Lunatic asylums Punjab 1895-1910 - 1895-1910
Year: 1895
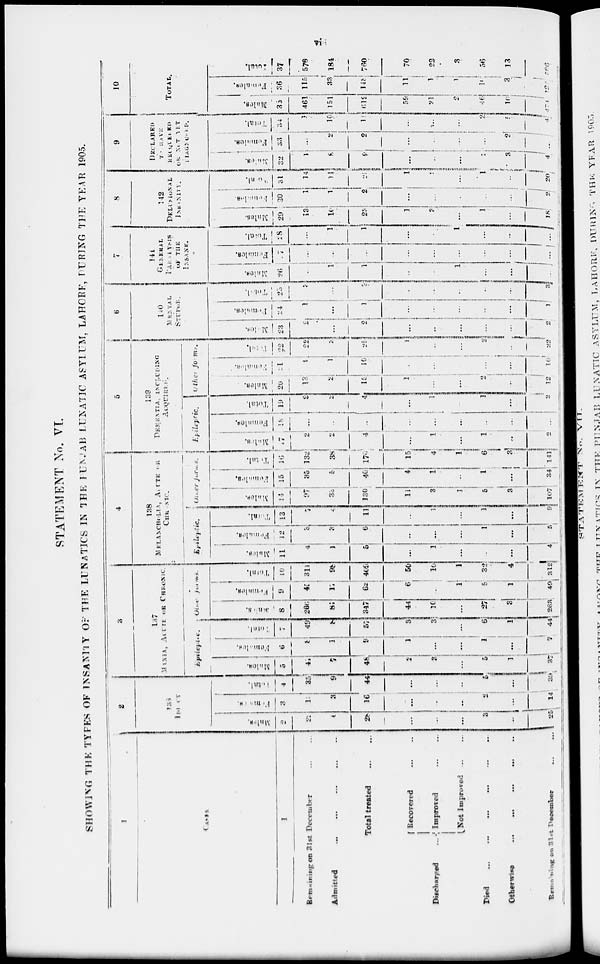
vii
STATEMENT No. VI.
SHOWING THE TYPES OF INSANITY OF THE LUNATICS IN THE PUNJAB LUNATIC ASYLUM, LAHORE, DURING THE YEAR 1905.
1
CASES.
1
Remaining on 31st December ... ...
Admitted
...
...
...
...
...
Total treated
...
...
Discharged ...
Recovered
...
...
Improved
...
...
Not Improved
...
...
Died
... ... ... ... ... ...
Otherwise ... ... ... ... ... ...
Remaining on 31st
December
...
...
2
133
IDIOCY
Males.
2
22
6
28
...
...
...
3
...
25
Females.
3
15
3
16
...
....
...
2
...
14
Total.
4
35
9
44
...
...
...
5
...
39
3
137
MANIA, ACUTE OR CHRONIC.
Epiltptic.
Males.
5
41
7
48
2
3
...
5
1
37
Females.
6
8
1
9
1
...
...
1
...
7
Total.
7
49
8
57
3
3
...
6
1
44
Other forms.
Males.
8
266
81
347
44
10
...
27
3
263
Females.
9
45
17
62
6
...
1
5
1
49
Total.
10
311
98
409
50
10
1
32
4
312
4
138
MELANCHOLIA, ACUTE OR
CHRONIC.
Epileptic.
Males.
11
4
1
5
...
1
...
...
...
4
Females.
12
3
3
6
...
...
...
1
...
5
Total.
13
7
4
11
...
1
...
1
...
9
Other forms.
Males.
14
97
33
130
11
3
1
5
3
107
Females.
15
35
5
40
4
1
...
1
...
34
Total.
16
132
38
170
15
4
1
6
3
141
5
139
DEMENTIA
INCLUDING
ACQUIRLE.
Epileptic.
Males.
17
2
2
4
...
1
...
1
...
2
Females.
18
...
...
...
...
...
...
...
...
...
Total.
19
2
2
4
...
1
...
1
...
2
Other forms.
Males.
20
13
2
15
1
...
...
2
...
12
Females.
21
9
1
10
...
...
...
...
...
10
Total
22
22
V.
25
1
...
...
2
...
22
6
140
MENTAL
STUPOR.
Males.
23
2
...
2
...
...
...
...
...
2
Females.
24
1
...
1
...
...
...
...
...
1
Total.
25
3
...
3
...
...
...
...
...
3
7
141
GENERAL
PARALYSIS
OF THE
INSANE.
Males.
26
...
1
...
...
1
...
...
...
Females.
27
...
...
...
...
...
...
...
...
...
Total.
28
...
1
1
...
...
1
...
...
...
8
142
DELUSIONAL
INSANITY.
Males.
29
13
10
23
1
3
...
1
...
18
Females.
30
1
1
2
...
...
...
...
...
2
Total.
31
14
11
21
1
2
...
1
...
20
9
DECLARED
T. HAVE
RECEIVED
OR NOT YET
IAGNGAED.
Males.
32
1
8
9
...
...
...
2
3
4
Femal es .
33
...
2
2
...
...
...
...
2
...
Tot al .
34
1
10
11
...
...
...
2
5
4
10
TOTAL.
Males.
35
461
151
612
59
21
2
46
10
474
Females.
36
115
33
148
11
1
1
10
3
120
Total.
37
576
184
760
70
22
3
56
13
596